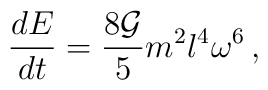
\frac{dE}{dt}=\frac{8{\cal G}}{5}m^2 l^4 \omega^{6}\,,